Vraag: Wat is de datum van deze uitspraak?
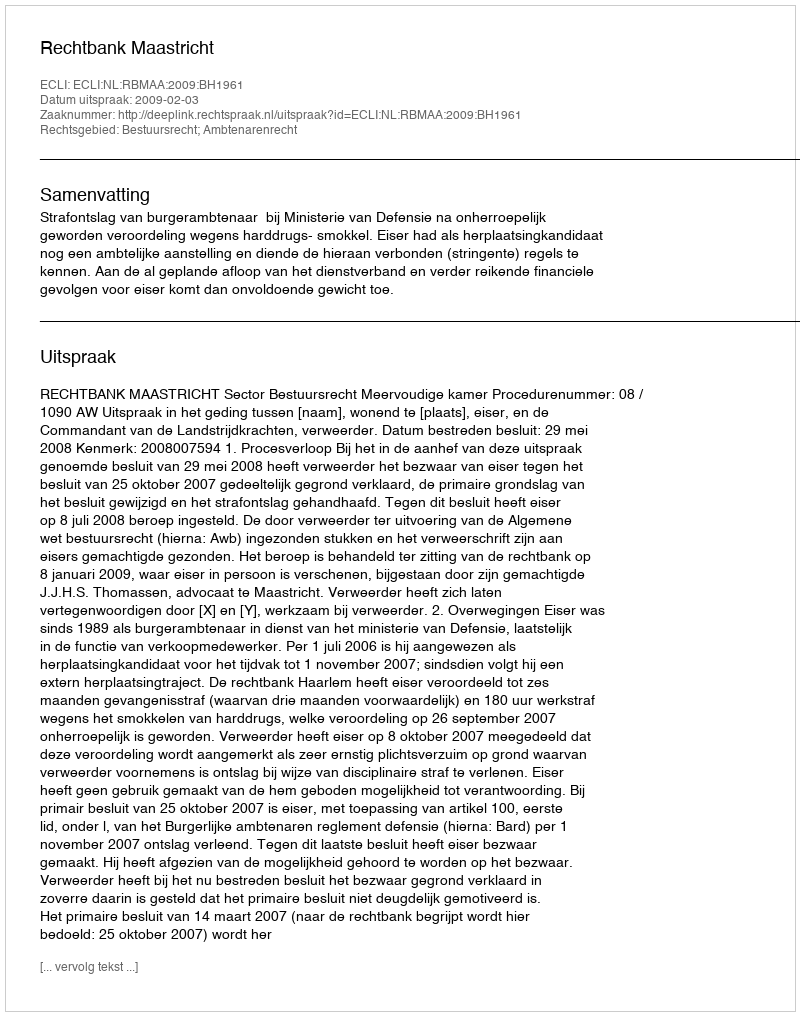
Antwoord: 2009-02-03